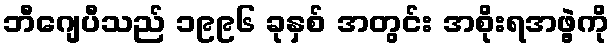
ဘီဂျေပီသည် ၁၉၉၆ ခုနှစ် အတွင်း အစိုးရအဖွဲ့ကို